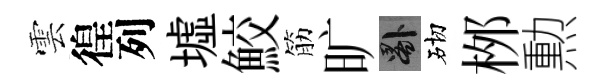
雲徨列墟鮫筋旷晷砌桞勲